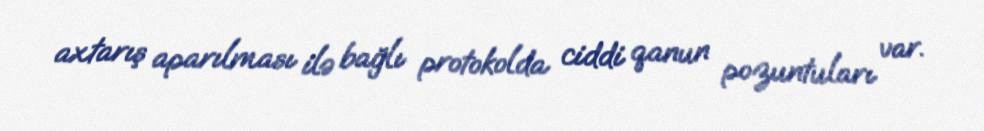
axtarış aparılması ilə bağlı protokolda ciddi qanun pozuntuları var.